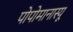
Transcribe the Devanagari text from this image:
पोपोमानास्यू